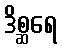
ဒိစ္ဆရေ